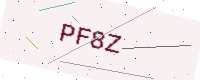
Text: PF8Z